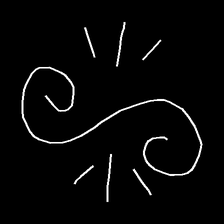
Glyph: wind-directs-air